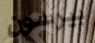
بيرسون